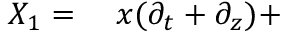
\begin{array} { r l } { X _ { 1 } = { } } & { { } x ( \partial _ { t } + \partial _ { z } ) + } \end{array}